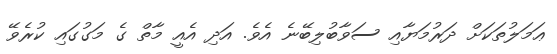
ޢަމަލުތަކަށް ދަރުމަޔާއި ސަވާބުލިބޭނެ އެވެ. އަދި އެއީ މާތް ގެ މަގުގައި ކުރެވޭ